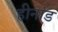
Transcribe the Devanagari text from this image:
हीनांड